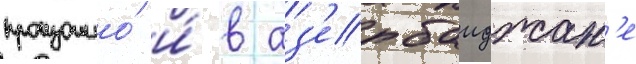
произошло́ и́ в аз'ербаиджан'е